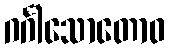
ဂင်္ဂါသောတောဝ